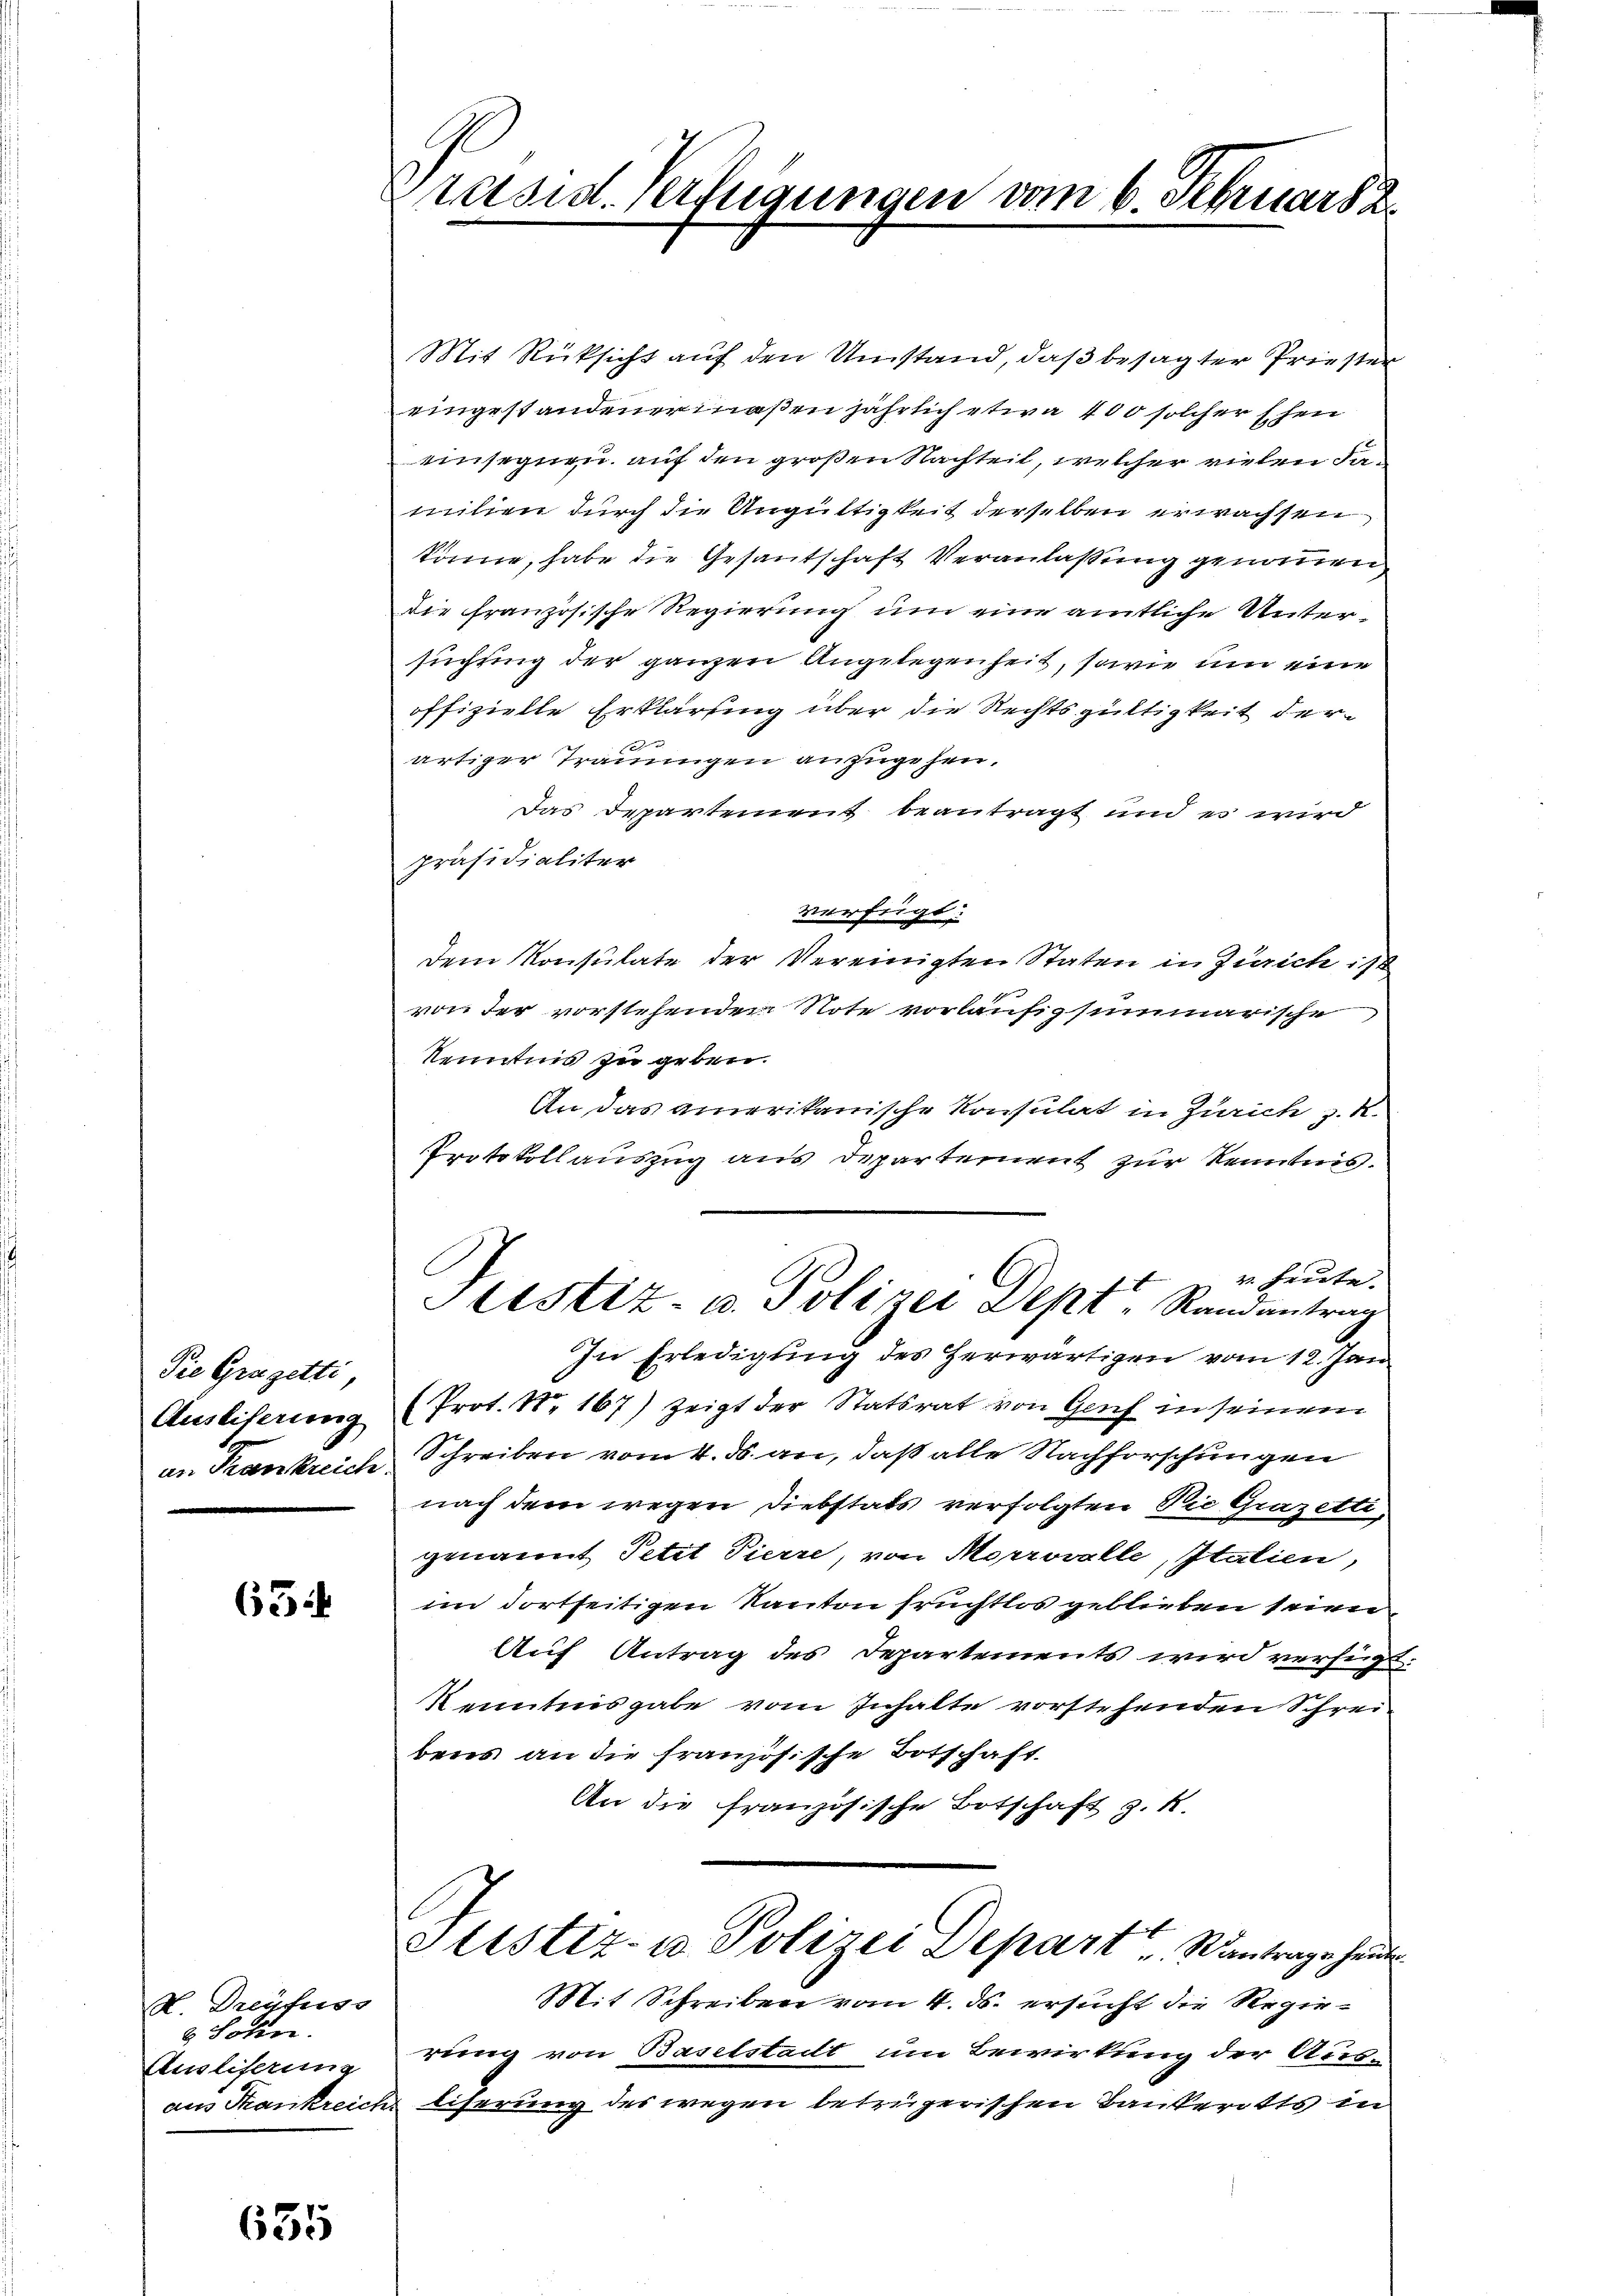
Die Grazetti,

63

H. Dreyfuss
& Sohn.
Ausliserne

635

Präsid. Verfügungen vom 6. Februar 2

Mit Rücksicht auf den Umstand, daß besagter Priester
eingestandenermaßen jährlich etwa 400 solcher schen
einsegnen. auf den großen Nachteil, welcher vielen damilien durch die Ungültigkeit derselben erwachsen
könne, habe die Gesantschaft Veranlaßung genommen
die französische Regierung um eine amtliche Untersuchung der ganzen Angelegenheit, sowie um eine
offizielle Erklärung über die Rechtsgültigkeit der
s
artiger Träumigen anzugehen,
Das Departement beantragt und es wird
präsidialiter
verfügt:
Dem Konsulate der Vereinigten Staten in Zürich is
von der vorstehenden Note vorläufig summarische
Kenntnis zu geben.
An das amerikanische Konsulat in Zürich z. R.
Protokollauszug aus Departement zur Kenntnis.
v. heute.
Stistiz- u. Polizei Dept, Randantrag
In Erledigung des herwärtigen vom 12. Jan
Ausliferung (Prot. Nr. 167) zeigt der Statsrat von Genf in seinem
an Krankreich Schreiben vom 4. ds. an, daß alle Nachforschungen
nach dem wegen Diebstats verfolgten Die Grazetti,
genannt Petit Pierre, von Morrovalle, Italien,
im dortseitigen Kanton fruchtlos geblieben seien.
Auf Antrag des Departements wird verfügt
Kenntnis gabe vom Inhalte vorstehenden Schreibens an die französische Botschaft.
An die französische Botschaft z. R.
Stistiz- u. Polizei Depart antrage heute
Mit Schreiben vom 4. ds. ersucht die Regierung von Baselstadt um Bewirkung der Ausaus Trankreich liserung des wegen betrügerischen Bankerotis in